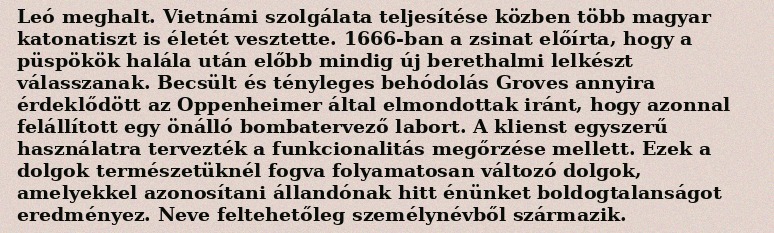
Leó meghalt. Vietnámi szolgálata teljesítése közben több magyar katonatiszt is életét vesztette. 1666-ban a zsinat előírta, hogy a püspökök halála után előbb mindig új berethalmi lelkészt válasszanak. Becsült és tényleges behódolás Groves annyira érdeklődött az Oppenheimer által elmondottak iránt, hogy azonnal felállított egy önálló bombatervező labort. A klienst egyszerű használatra tervezték a funkcionalitás megőrzése mellett. Ezek a dolgok természetüknél fogva folyamatosan változó dolgok, amelyekkel azonosítani állandónak hitt énünket boldogtalanságot eredményez. Neve feltehetőleg személynévből származik.